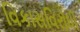
વિકાસવિરોધી